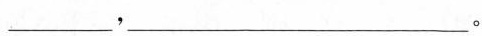
___，___。